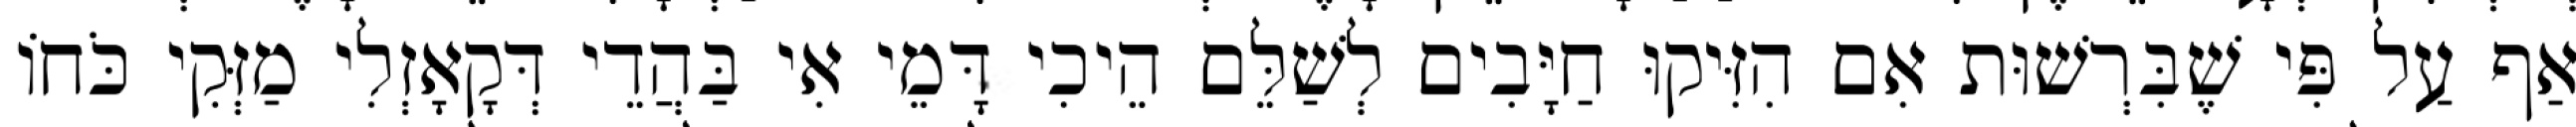
אַף עַל פִּי שֶׁבִּרְשׁוּת אִם הִזִּיקוּ חַיָּבִים לְשַׁלֵּם הֵיכִי דָּמֵי אִי בַּהֲדֵי דְּקָאָזְלִי מַזְּקִי כֹּחוֹ